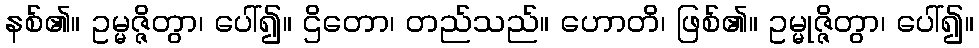
နစ်၏။ ဥမ္မဇ္ဇိတွာ၊ ပေါ်၍။ ဌိတော၊ တည်သည်။ ဟောတိ၊ ဖြစ်၏။ ဥမ္မုဇ္ဇိတွာ၊ ပေါ်၍။